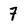
Character: 7